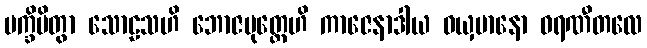
ပက္ခိပိတွာ သောဠသဟိ ဘောဇပုတ္တေဟိ ကာဇေနာဒါယ ဝယှမာနော ဓရဏီတလေ